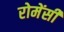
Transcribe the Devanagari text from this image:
रोमेंसी